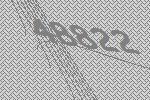
48822